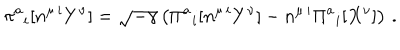
\pi ^ { a } { } _ { i } [ n ^ { \mu \, i } Y ^ { \nu } ] = \sqrt { - \gamma } \left( \Pi ^ { a } { } _ { i } [ n ^ { \mu \, i } Y ^ { \nu } ] - n ^ { \mu \, i } \Pi ^ { a } { } _ { i } [ X ^ { \nu } ] \right) \, .